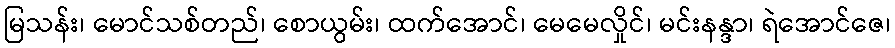
မြသန်း၊ မောင်သစ်တည်၊ စောယွမ်း၊ ထက်အောင်၊ မေမေလှိုင်၊ မင်းနန္ဒာ၊ ရဲအောင်ဇေ၊